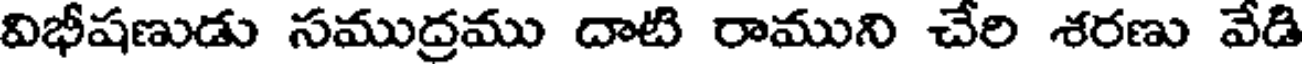
విభీషణుడు సముద్రము దాటి రాముని చేరి శరణు వేడి